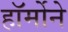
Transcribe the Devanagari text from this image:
हॉर्मोने